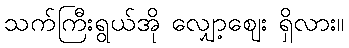
သက်ကြီးရွယ်အို လျှော့ဈေး ရှိလား။